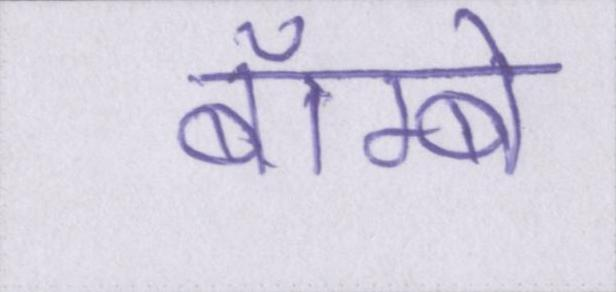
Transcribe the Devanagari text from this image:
बॅाम्बे